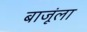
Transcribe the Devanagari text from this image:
बाजूंला